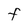
Character: F